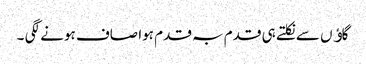
گاﺅں سے نکلتے ہی قدم بہ قدم ہوا صاف ہونے لگی ۔